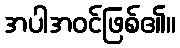
အပါအဝင်ဖြစ်၏။